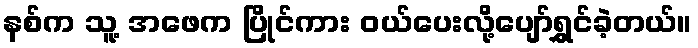
နစ်က သူ့ အဖေက ပြိုင်ကား ဝယ်ပေးလို့ပျော်ရွှင်ခဲ့တယ်။